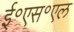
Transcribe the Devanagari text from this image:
ई॰एस॰एल